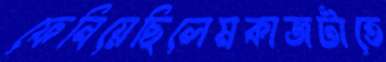
ফেনিয়েছিলেমকাজটাতে